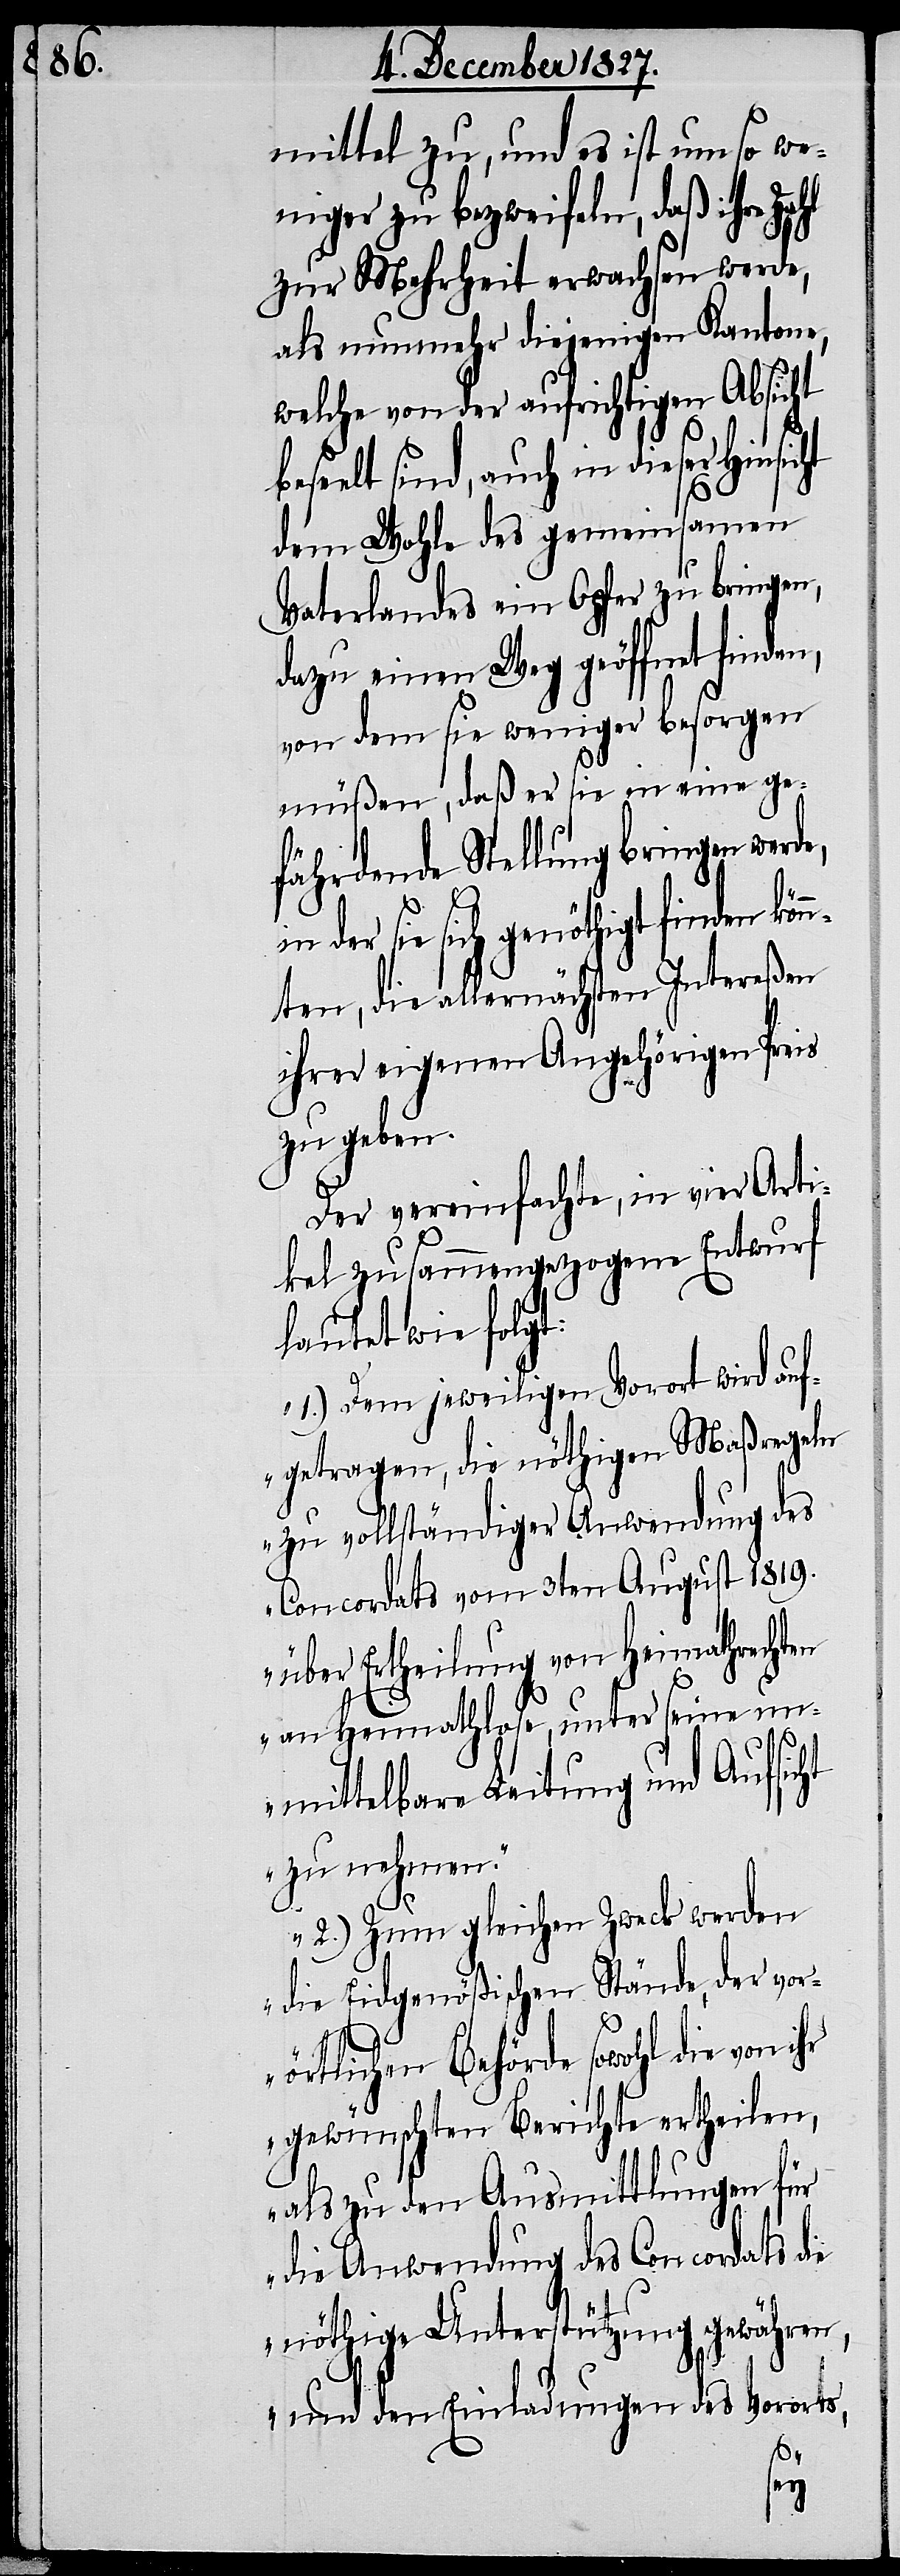
mittel zu, und es ist umso we¬
niger zu bezweifeln, daß ihre
zur Mehrheit erwachsen werde,
als nunmehr diejenigen Kantone,
welche von der aufrichtigen Absicht
elt sind, auch in dieser Hinsi¬
dem Wohle des gemeinsamen
Vaterlandes ein Opfer zu bringen,
dazu einen Weg geöffnet finden,
von dem sie weniger besorgen
müßen, daß er sie in eine ge¬
fährdende Stellung bringen werde,
der sie sich genöthigt finden kön¬
nten, die allernächsten Intereßen
ihrer eigenen Angehörigen Preis
zu geben.
Der vereinfachte, in vier Arti¬
kel zusammengezogene Entwurf
lautet wie folgt:
„1.) Dem jeweiligen Vorort wird auf¬
getragen, die nöthigen Maßregeln
zu vollständiger Anwendung des
Concordats vom 3ten August 1819.
über Ertheilung von Heimathrechten
an Heimathlose unter seine un¬
mittelbare Leitung und Aufsicht
zu nehmen.
2.) Zum gleichen Zweck werden
die Eidgenößischen Stände, der vor¬
örtlichen Behörde sowohl die von
gewünschten Berichte ertheilen,
als zu den Ausmittlungen für
die Anwendung des Concordats die
nöthige Unterstützung gewähren,
cht
und den Einladungen des Vororts,
se¬